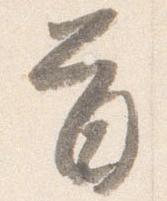
首